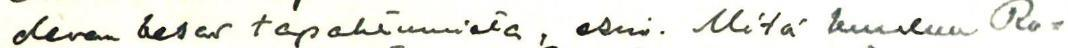
olevan kesan tapahtumista, esim. Mitä kuuluu  Ro=